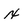
Character: x